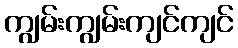
ကျွမ်းကျွမ်းကျင်ကျင်